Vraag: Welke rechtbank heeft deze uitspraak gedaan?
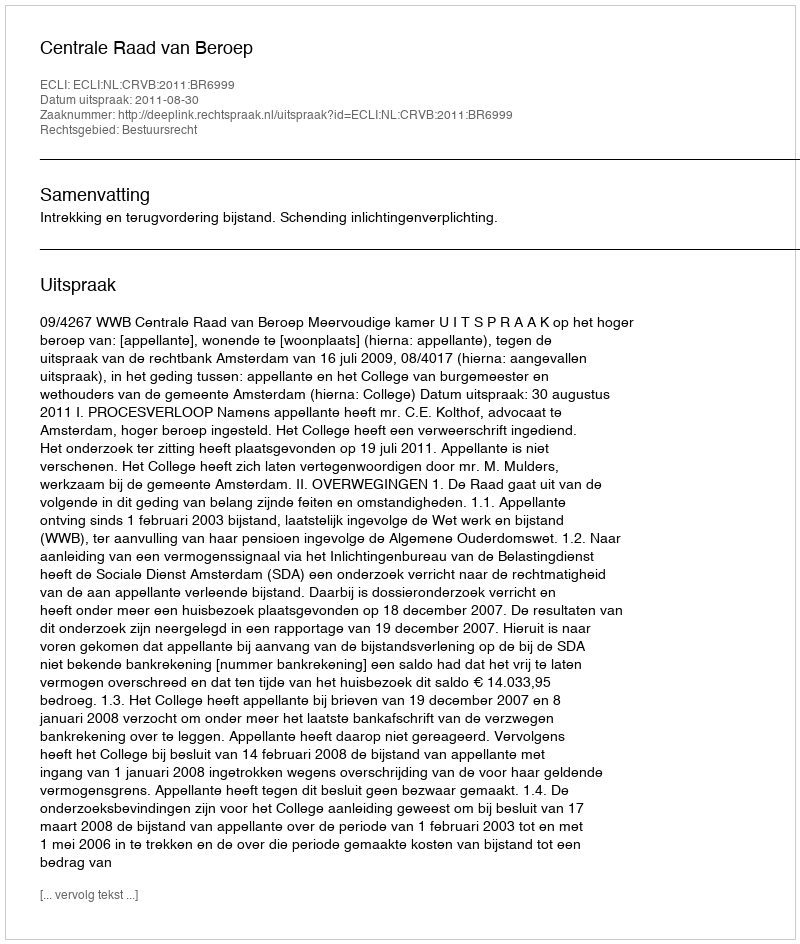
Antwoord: Centrale Raad van Beroep